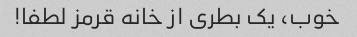
خوب، یک بطری از خانه قرمز لطفا!